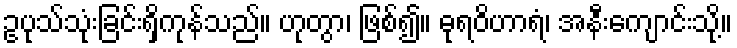
ဥပုသ်သုံးခြင်းရှိကုန်သည်။ ဟုတွာ၊ ဖြစ်၍။ ဓုရဝိဟာရံ၊ အနီးကျောင်းသို့။